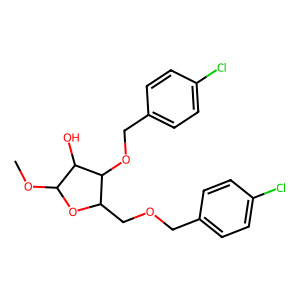
SMILES: COC1OC(COCc2ccc(Cl)cc2)C(OCc2ccc(Cl)cc2)C1O
Inhibits HIV replication: No